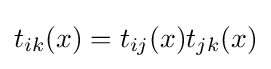
t_{ik}(x)=t_{ij}(x)t_{jk}(x)